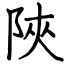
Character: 陜